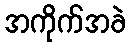
အကိုက်အခဲ